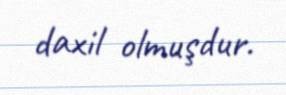
daxil olmuşdur.